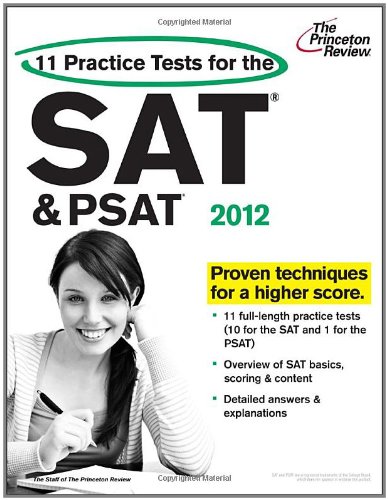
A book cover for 11 Practice Tests for the SAT and PSAT, 2012 Edition (College Test Preparation); Princeton Review; Test Preparation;